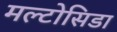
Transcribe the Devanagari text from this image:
मल्टोसिडा